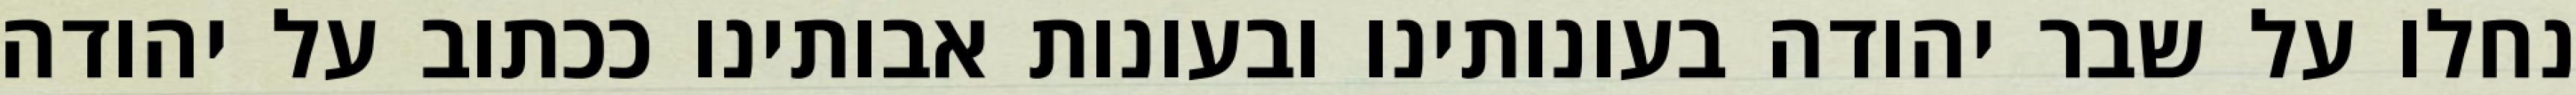
נחלו על שבר יהודה בעונותינו ובעונות אבותינו ככתוב על יהודה